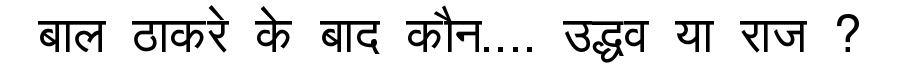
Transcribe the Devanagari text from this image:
बाल ठाकरे के बाद कौन.... उद्धव या राज ?